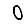
Digit: 0